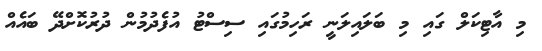
މި އާޓިކަލް ގައި މި ބަލައިލަނީ ރަހިމުގައި ސިސްޓު އުފެދުމުން ދުރުކޮށްދޭ ބައެއް